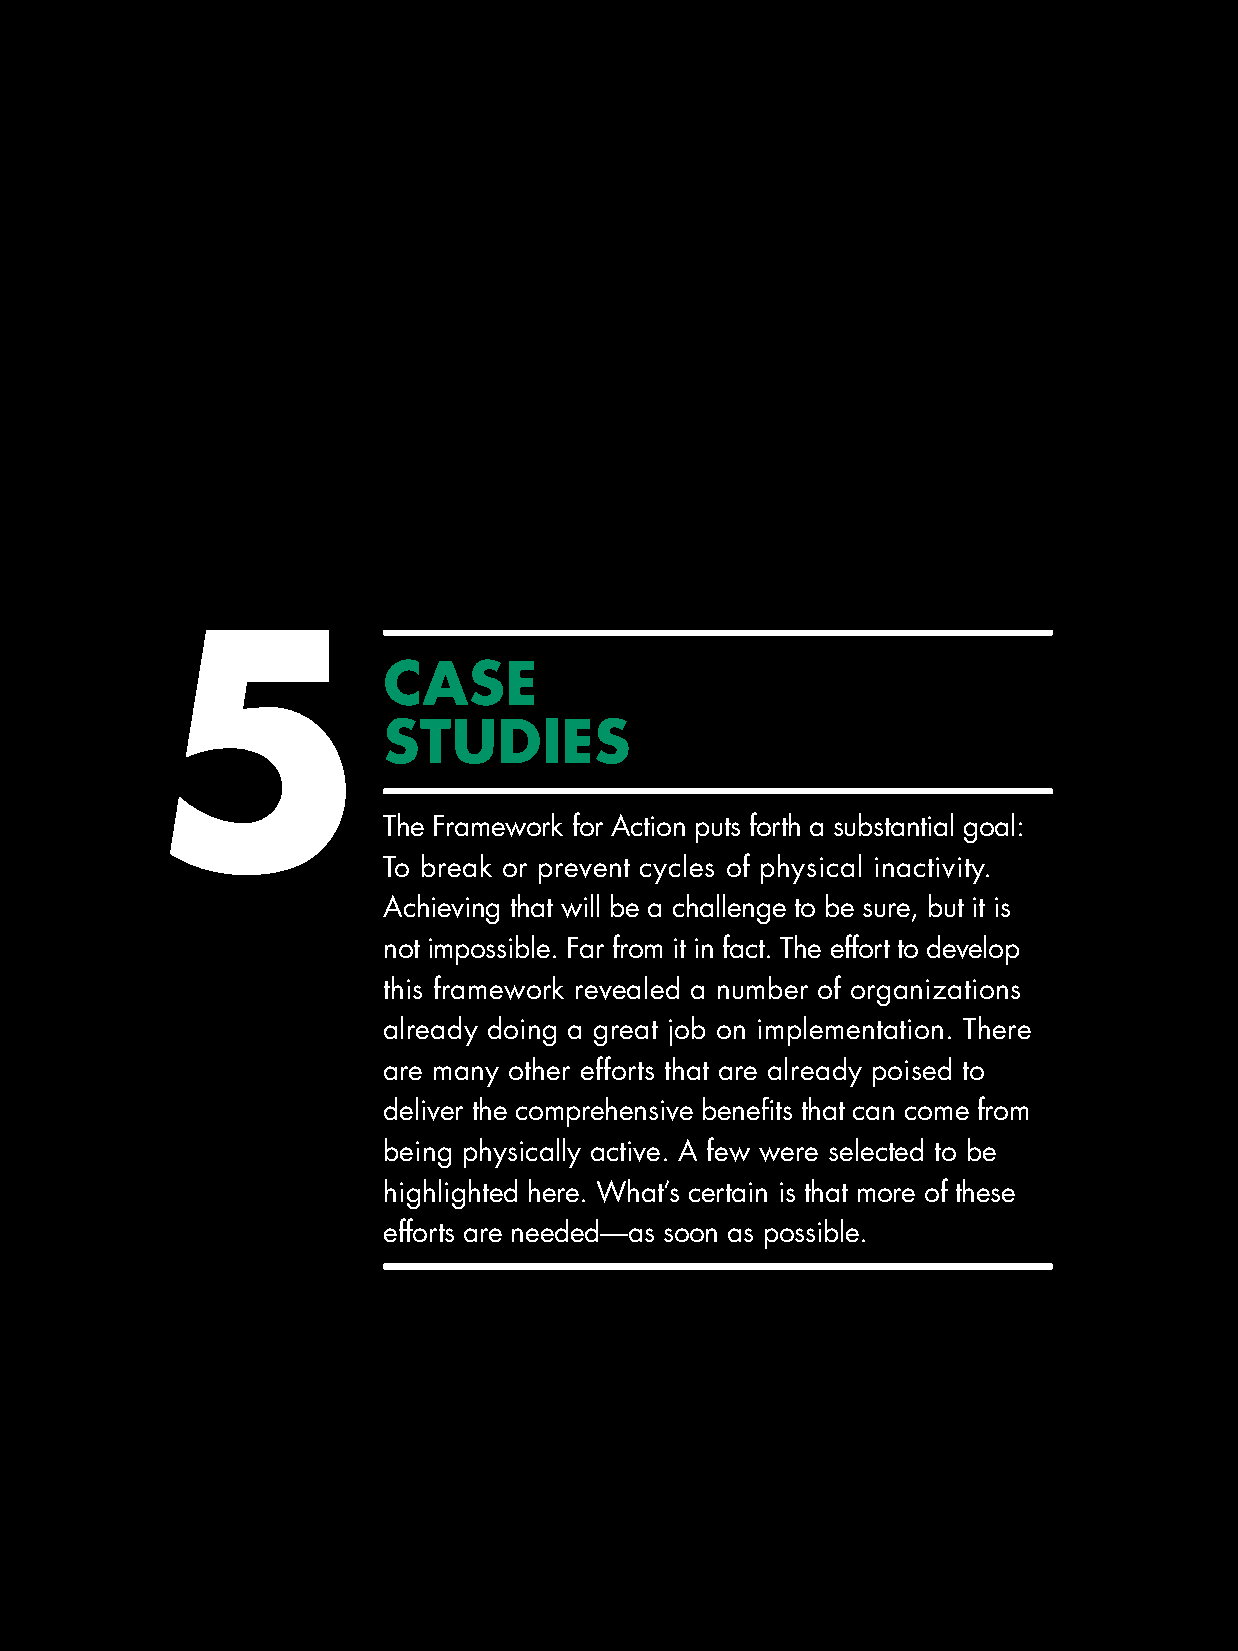
5
 case
 studies
 The Framework for Action puts forth a substantial goal:
 To break or prevent cycles of physical inactivity.
 Achieving that will be a challenge to be sure, but it is
 not impossible. Far from it in fact. The effort to develop
 this framework revealed a number of organizations
 already doing a great job on implementation. There
 are many other efforts that are already poised to
 deliver the comprehensive benefits that can come from
 being physically active. A few were selected to be
 highlighted here. What’s certain is that more of these
 efforts are needed—as soon as possible.